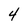
Character: 4